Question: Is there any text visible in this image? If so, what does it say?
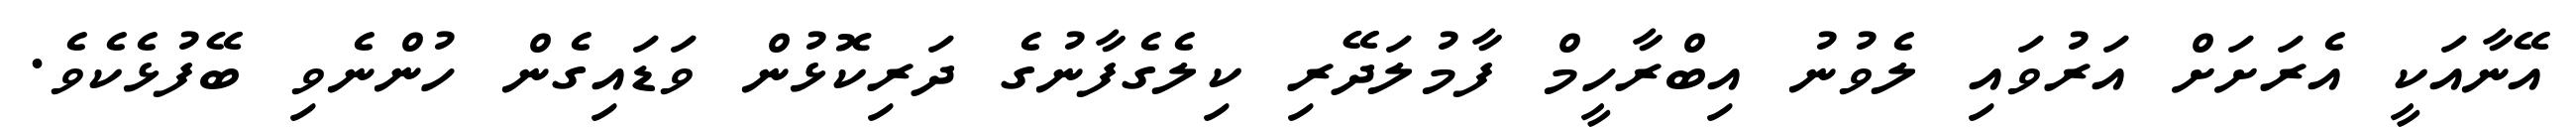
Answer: އޭނާއަކީ އެރަށަށް އަރުވައި ލެވުނު އިބްރާހީމް ފާމުލަދޭރި ކިލެގެފާނުގެ ދަރިކޮޅުން ވަޑައިގެން ހުންނެވި ބޭފުޅެކެވެ.